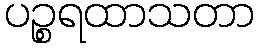
ပဉ္စရထာသတာ